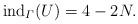
LaTeX: \begin{align*} {\rm ind}_\varGamma(U) = 4-2N. \end{align*}